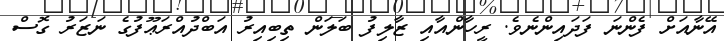
އޭނާއަށް ފެންނަ ފަދައިންނެވެ. ރީހާންއާއި ޒާލިފު ބަލަން ތިބިއިރު އަބްދުއްރަޢޫފުގެ ނަޒަރު ގޮސް